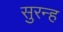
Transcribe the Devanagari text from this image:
सुरन्ह